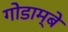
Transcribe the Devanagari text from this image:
गोडाम्बे